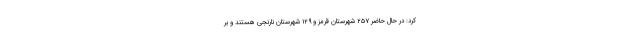
کرد: در حال حاضر ۲۵۷ شهرستان قرمز و ۱۲۹ شهرستان نارنجی هستند و بر